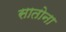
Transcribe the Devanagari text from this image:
सातोना